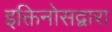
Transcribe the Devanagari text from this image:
इक्तिनोसद्वारा